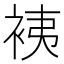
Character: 𧙣